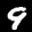
Digit: 9